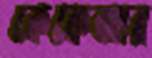
কেকেআর